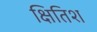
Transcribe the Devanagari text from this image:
क्षितिश